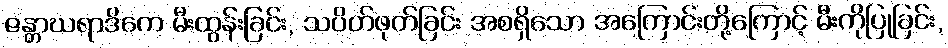
ဇန္တာဃရာဒိကေ မီးထွန်းခြင်း, သပိတ်ဖုတ်ခြင်း အစရှိသော အကြောင်းတို့ကြောင့် မီးကိုပြုခြင်း,